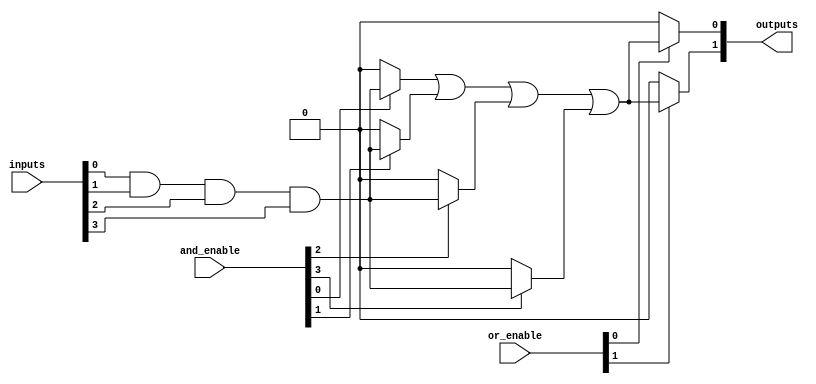
module fuse_based_PLA #(
    parameter NUM_INPUTS = 4,      // Number of input signals
    parameter NUM_PRODUCT_TERMS = 4, // Number of product terms (AND terms)
    parameter NUM_OUTPUTS = 2       // Number of output signals
)(
    input wire [NUM_INPUTS-1:0] inputs,        // Input signals
    input wire [NUM_PRODUCT_TERMS-1:0] and_enable, // Control signals for AND array
    input wire [NUM_OUTPUTS-1:0] or_enable,     // Control signals for OR array
    output wire [NUM_OUTPUTS-1:0] outputs       // Output signals
);

// Internal wires for product terms
wire [NUM_PRODUCT_TERMS-1:0] product_terms [0:NUM_INPUTS-1]; // Product terms for AND array

// Generate the AND array
genvar i, j;
generate
    for (i = 0; i < NUM_PRODUCT_TERMS; i = i + 1) begin : and_array
        assign product_terms[i] = (and_enable[i]) ? 
            (inputs[0] & inputs[1] & inputs[2] & inputs[3]) : 0; // Example logic (customize as needed)
    end
endgenerate

// Internal wires for OR array
wire [NUM_OUTPUTS-1:0] or_terms [0:NUM_PRODUCT_TERMS-1];

// Generate the OR array
generate
    for (j = 0; j < NUM_OUTPUTS; j = j + 1) begin : or_array
        assign or_terms[j] = (or_enable[j]) ? 
            (product_terms[0] | product_terms[1] | product_terms[2] | product_terms[3]) : 0; // Example logic (customize as needed)
        assign outputs[j] = or_terms[j];
    end
endgenerate

endmodule